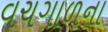
વચગાળના